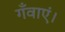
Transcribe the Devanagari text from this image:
गँवाएं।